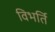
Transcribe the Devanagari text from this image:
विभर्ति